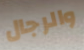
والرجال